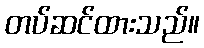
တပ်ဆင်ထားသည်။